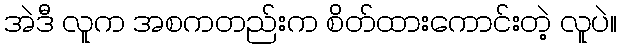
အဲဒီ လူက အစကတည်းက စိတ်ထားကောင်းတဲ့ လူပဲ။